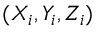
( X _ { i } , Y _ { i } , Z _ { i } )